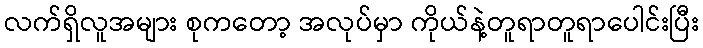
လက်ရှိလူအများ စုကတော့ အလုပ်မှာ ကိုယ်နဲ့တူရာတူရာပေါင်းပြီး